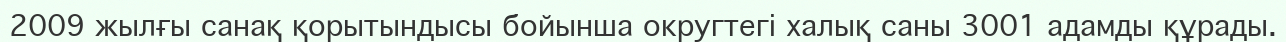
2009 жылғы санақ қорытындысы бойынша округтегі халық саны 3001 адамды құрады.